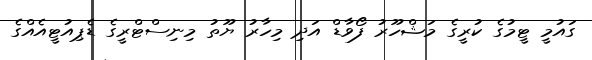
ގައުމީ ޓީމުގެ ކުރީގެ މަޝްހޫރު ފޯވާޑް އަދި މިހާރު ޔޫތު މިނިސްޓްރީގެ ޑެޕިއުޓީއެއްގެ